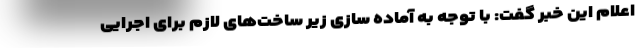
اعلام این خبر گفت: با توجه به آماده سازی زیر ساخت‌های لازم برای اجرایی